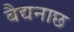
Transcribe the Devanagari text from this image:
बैद्यनाछ